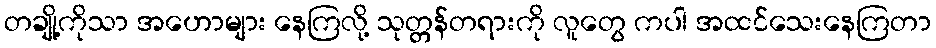
တချို့ကိုသာ အဟောများ နေကြလို့ သုတ္တန်တရားကို လူတွေ ကပါ အထင်သေးနေကြတာ